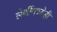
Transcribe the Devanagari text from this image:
लेणींमध्येही